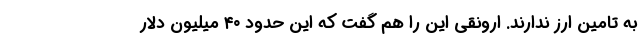
به تامین ارز ندارند. ارونقی این را هم گفت که این حدود ۴۰ میلیون دلار